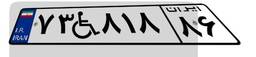
۴۴W۷۵۵۶۵